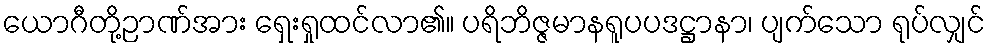
ယောဂီတို့ဉာဏ်အား ရှေးရှုထင်လာ၏။ ပရိဘိဇ္ဇမာနရူပပဒဋ္ဌာနာ၊ ပျက်သော ရုပ်လျှင်